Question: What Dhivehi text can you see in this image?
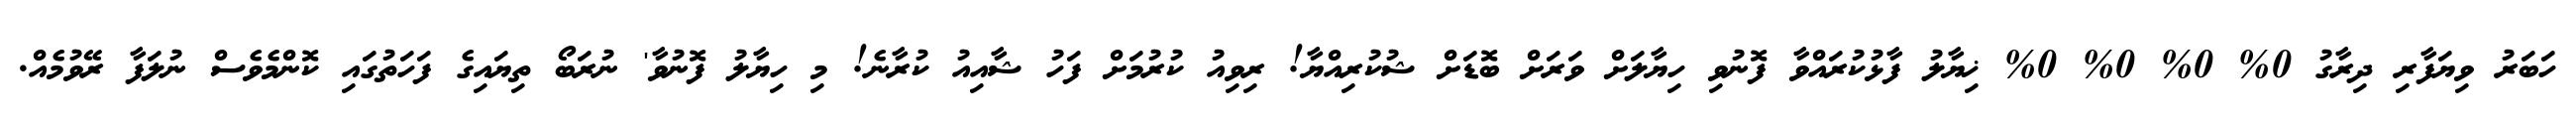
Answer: ހަބަރު ވިޔަފާރި ދިރާގު 0% 0% 0% 0% ޚިޔާލު ފާޅުކުރައްވާ ފޮނުވި ހިޔާލަށް ވަރަށް ބޮޑަށް ޝުކުރިއްޔާ! ރިވިއު ކުރުމަށް ފަހު ޝާއިއު ކުރާނެ! މި ހިޔާލު ފޮނުވާ' ނުރަބޯ ތިޔައިގެ ފަހަތުގައި ކޮންމެވެސް ނުލަފާ ރޭވުމެއް.